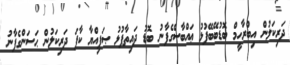
ދަރިކަލުން އިބްރާހީމް ބޮޑުބޭބޭފުޅު ޢައްބާސްގެފާނު ބޮޑު ދައިތާފުޅު ޞަފިއްޔާ ކާފަ ދަރިކަލުން ޙަސަންގެފާނު